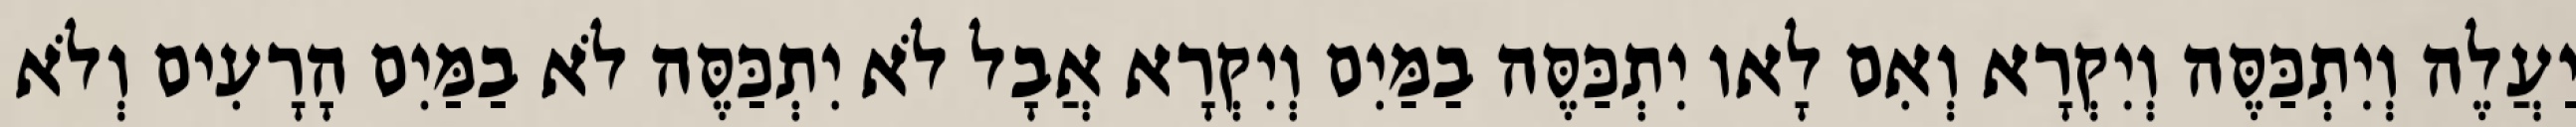
יַעֲלֶה וְיִתְכַּסֶּה וְיִקְרָא וְאִם לָאו יִתְכַּסֶּה בַמַּיִם וְיִקְרָא אֲבָל לֹא יִתְכַּסֶּה לֹא בַמַּיִם הָרָעִים וְלֹא